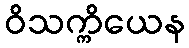
ဝိသက္ကိယေန